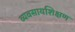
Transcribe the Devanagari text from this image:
व्यवसायशिक्षण